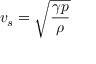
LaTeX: v _ { s } = { \sqrt { \frac { \gamma p } { \rho } } }